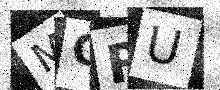
Text: MORU